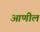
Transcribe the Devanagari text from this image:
आणील